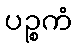
ပဉ္စကံ